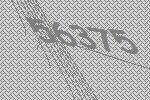
56375